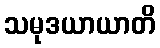
သမုဒယာယာတိ